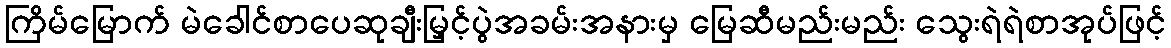
ကြိမ်မြောက် မဲခေါင်စာပေဆုချီးမြှင့်ပွဲအခမ်းအနားမှ မြေဆီမည်းမည်း သွေးရဲရဲစာအုပ်ဖြင့်